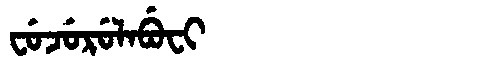
Manchu: ᠸᡠᠵᡠᡵᡠᠯᠠᠪᡠᠸᡳ
Romanization: FUJURULABUFI